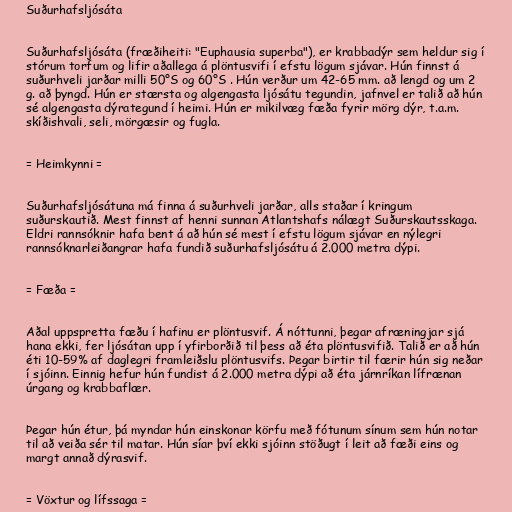
Suðurhafsljósáta

Suðurhafsljósáta (fræðiheiti: "Euphausia superba"), er krabbadýr sem heldur sig í
stórum torfum og lifir aðallega á plöntusvifi í efstu lögum sjávar. Hún finnst á
suðurhveli jarðar milli 50°S og 60°S . Hún verður um 42-65 mm. að lengd og um 2
g. að þyngd. Hún er stærsta og algengasta ljósátu tegundin, jafnvel er talið að hún
sé algengasta dýrategund í heimi. Hún er mikilvæg fæða fyrir mörg dýr, t.a.m.
skíðishvali, seli, mörgæsir og fugla.

= Heimkynni =

Suðurhafsljósátuna má finna á suðurhveli jarðar, alls staðar í kringum
suðurskautið. Mest finnst af henni sunnan Atlantshafs nálægt Suðurskautsskaga.
Eldri rannsóknir hafa bent á að hún sé mest í efstu lögum sjávar en nýlegri
rannsóknarleiðangrar hafa fundið suðurhafsljósátu á 2.000 metra dýpi.

= Fæða =

Aðal uppspretta fæðu í hafinu er plöntusvif. Á nóttunni, þegar afræningjar sjá
hana ekki, fer ljósátan upp í yfirborðið til þess að éta plöntusvifið. Talið er að hún
éti 10-59% af daglegri framleiðslu plöntusvifs. Þegar birtir til færir hún sig neðar
í sjóinn. Einnig hefur hún fundist á 2.000 metra dýpi að éta járnríkan lífrænan
úrgang og krabbaflær.

Þegar hún étur, þá myndar hún einskonar körfu með fótunum sínum sem hún notar
til að veiða sér til matar. Hún síar því ekki sjóinn stöðugt í leit að fæði eins og
margt annað dýrasvif.

= Vöxtur og lífssaga =